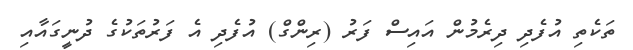
ތަކެތި އުފެދި ދިރެމުން އައިސް ފަރު (ރިންގް) އުފެދި އެ ފަރުތަކުގެ ދުނީގައާއި